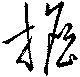
擔